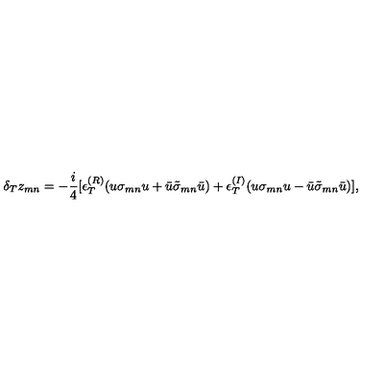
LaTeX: \delta _ { T } z _ { m n } = - \frac { i } { 4 } [ \epsilon _ { T } ^ { ( R ) } ( u \sigma _ { m n } u + \bar { u } \tilde { \sigma } _ { m n } \bar { u } ) + \epsilon _ { T } ^ { ( I ) } ( u \sigma _ { m n } u - \bar { u } \tilde { \sigma } _ { m n } \bar { u } ) ] ,